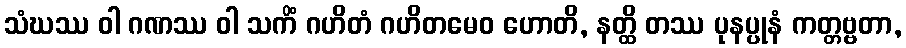
သံဃဿ ဝါ ဂဏဿ ဝါ သကိံ ဂဟိတံ ဂဟိတမေဝ ဟောတိ, နတ္ထိ တဿ ပုနပ္ပုနံ ကတ္တဗ္ဗတာ,